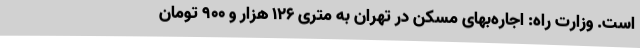
است. وزارت راه: اجاره‌بهای مسکن در تهران به متری ۱۲۶ هزار و ۹۰۰ تومان